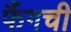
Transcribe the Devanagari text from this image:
फैंगची